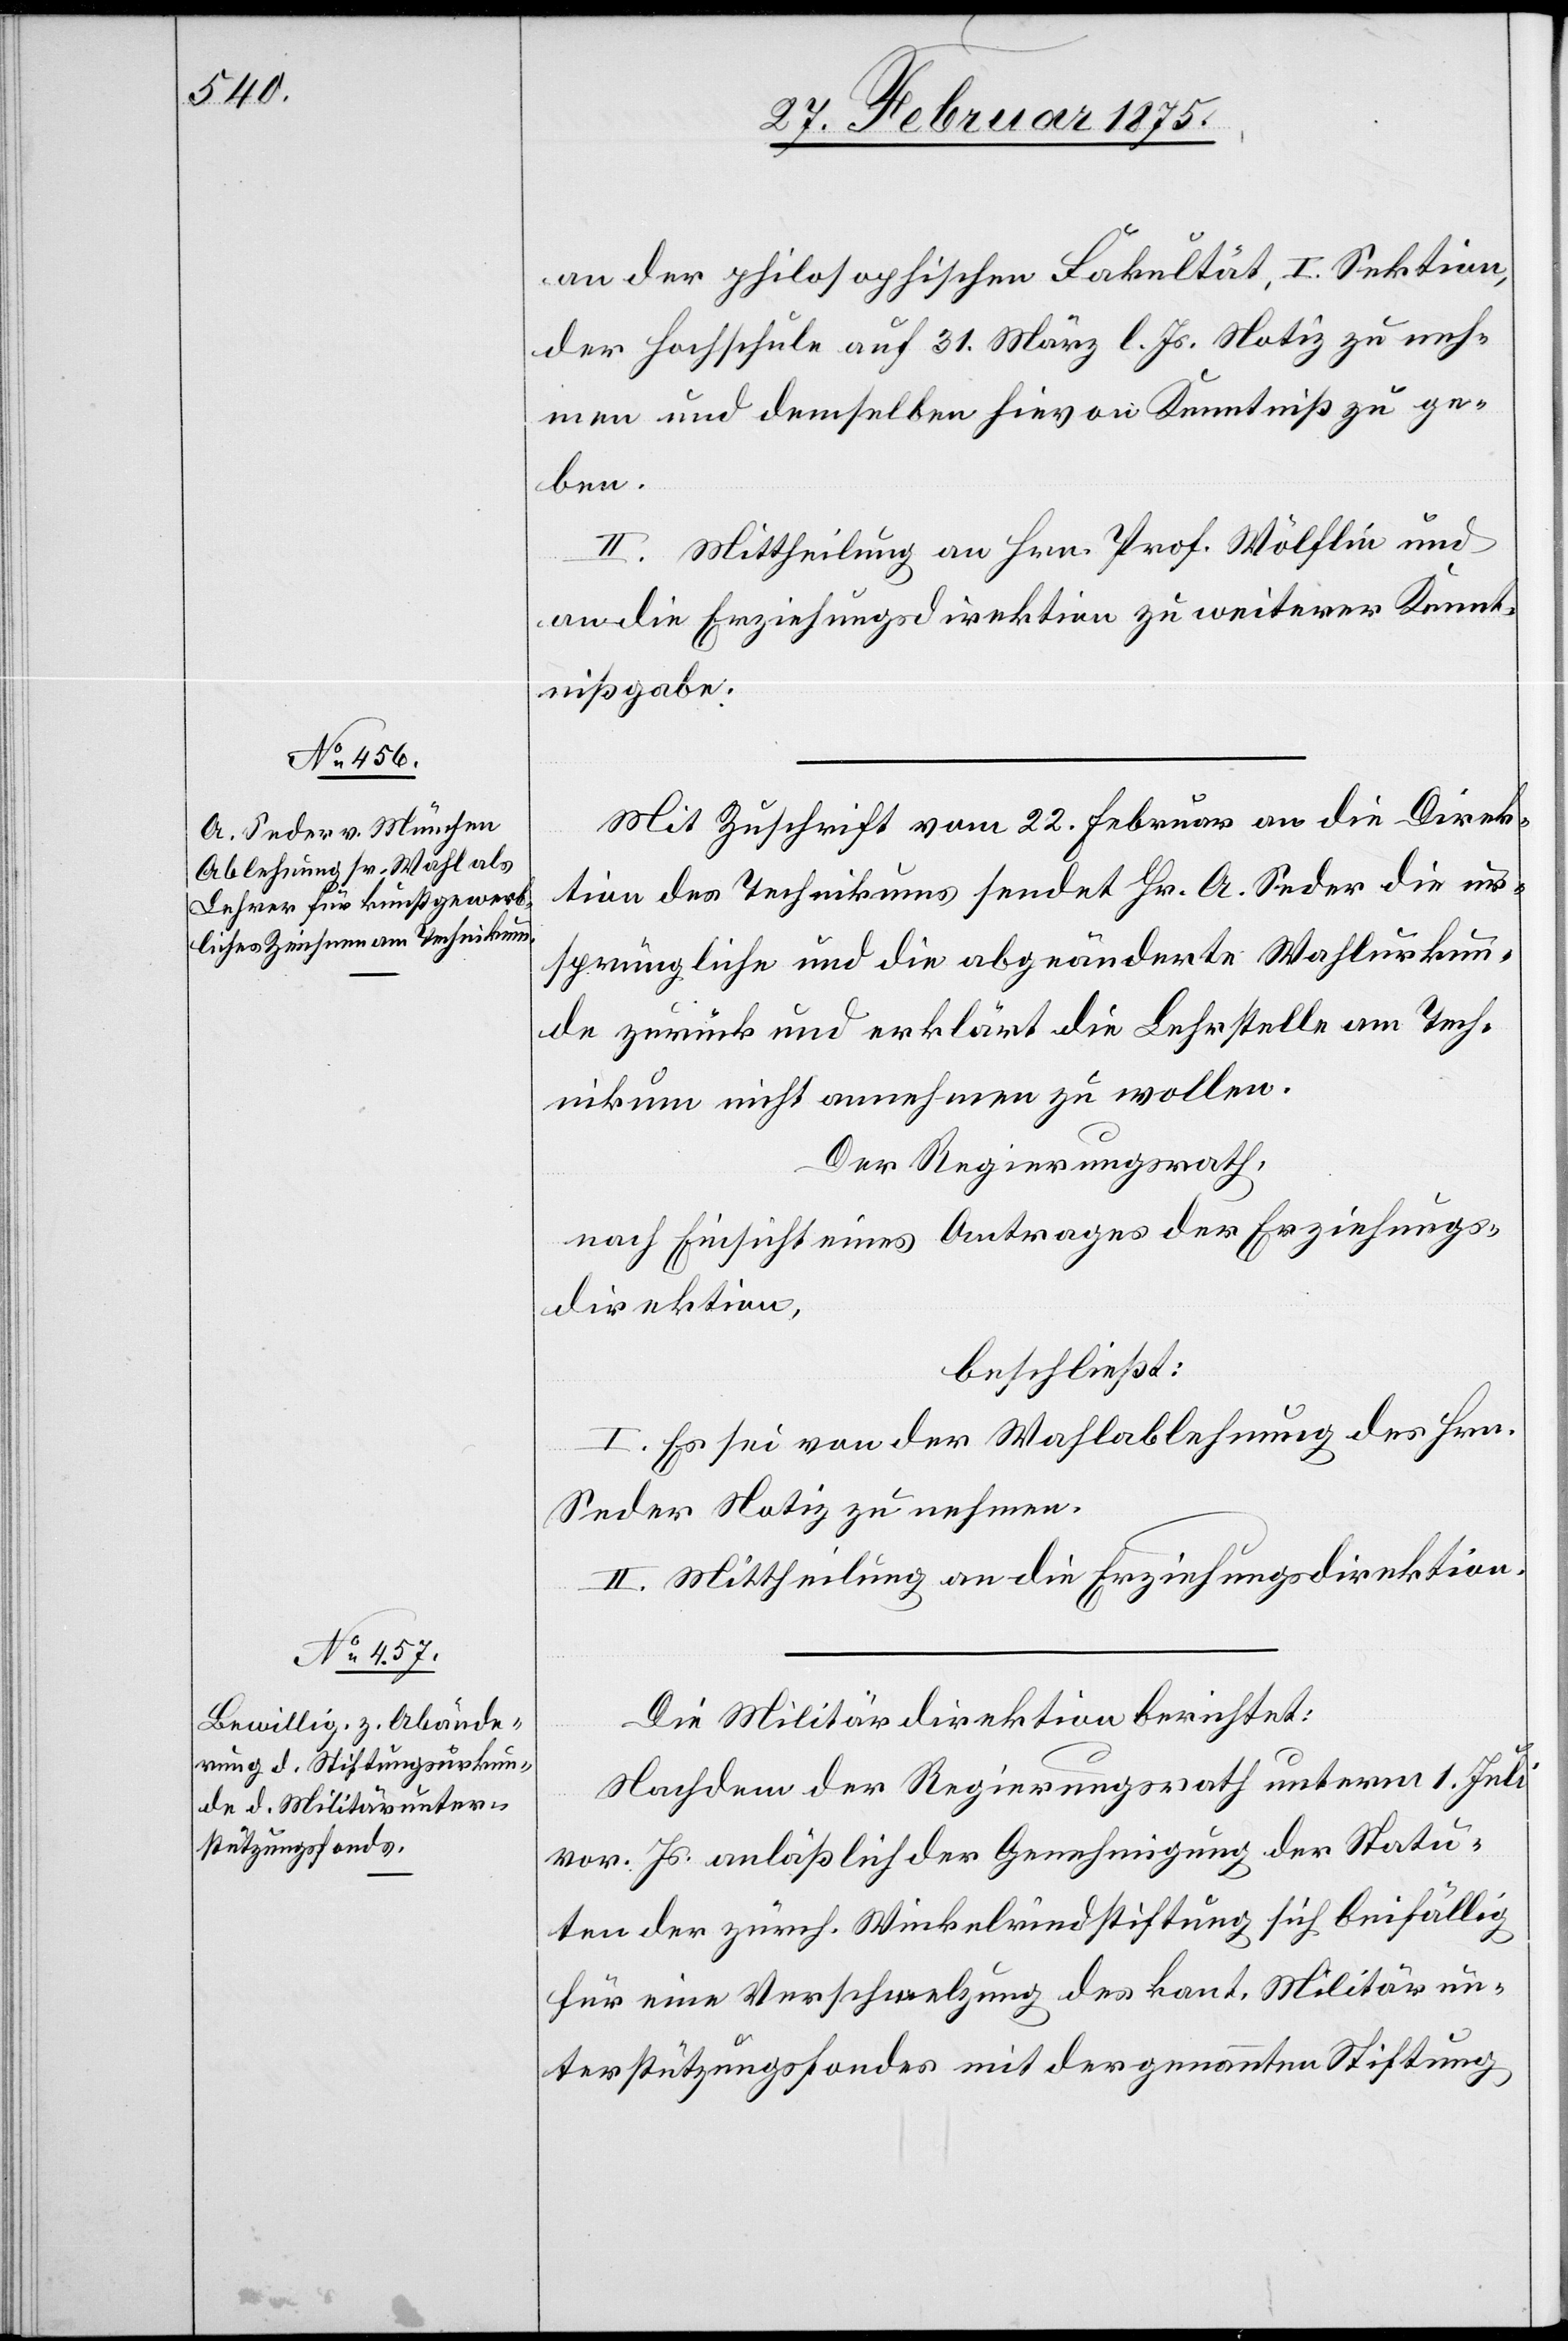
an der philosophischen Fakultät. I. Sektion,
der Hochschule auf 31. März l. Js. Notiz zu neh¬
men und demselben hievon Kenntniß zu ge¬
ben.
II. Mittheilung an Hrn. Prof. Wölflin und
an die Erziehungsdirektion zu weiterer Kennt¬
nißgabe.
Mit Zuschrift vom 22. Februar an die Direk¬
tion des Technikums sendet Hr. A. Seder die ur¬
sprüngliche und die abgeänderte Wahlurkun¬
de zurück und erklärt die Lehrstelle am Tech¬
nikum nicht annehmen zu wollen.
Der Regierungsrath,
nach Einsicht eines Antrages der Erziehungs¬
direktion,
beschließt:
I. Es sei von der Wahlablehnung des Hrn.
Seder Notiz zu nehmen.
II. Mittheilung an die Erziehungsdirektion.
Die Militärdirektion berichtet:
Nachdem der Regierungsrath unterm 1. Juli
vor. Js. anläßlich der Genehmigung der Statu¬
ten der zürch. Winkelriedstiftung sich beifällig
für eine Verschmelzung des kant. Militärun¬
terstützungsfonds mit der genannten Stiftung